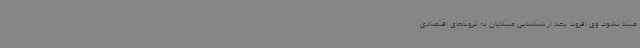
مبتلا نشود. وی افزود: بعد از شناسایی مبتلایان به کروناهای اقتصادی